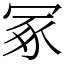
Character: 冢